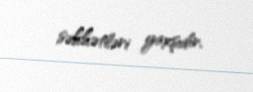
səhhətləri yaxşıdır.